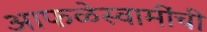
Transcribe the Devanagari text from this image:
आफळेस्वामींची